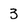
Character: 3